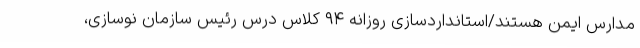
مدارس ایمن هستند/استانداردسازی روزانه ۹۴ کلاس درس رئیس سازمان نوسازی،